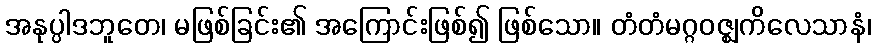
အနုပ္ပါဒဘူတေ၊ မဖြစ်ခြင်း၏ အကြောင်းဖြစ်၍ ဖြစ်သော။ တံတံမဂ္ဂဝဇ္ဈကိလေသာနံ၊